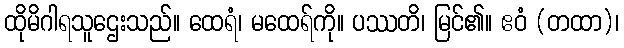
ထိုမိဂါရသူဌေးသည်။ ထေရံ၊ မထေရ်ကို။ ပဿတိ၊ မြင်၏။ ဧဝံ (တထာ)၊